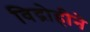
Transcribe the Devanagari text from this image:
विद्रोहीने